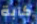
كآبة